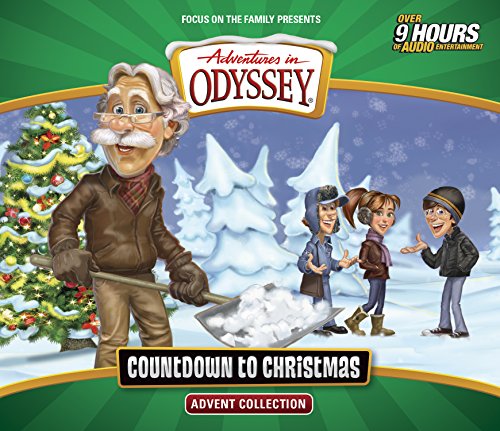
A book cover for Countdown to Christmas Advent Collection (Adventures in Odyssey); AIO Team; Children's Books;